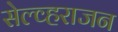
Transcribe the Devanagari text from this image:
सेल्व्हराजन